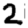
Digit: 2